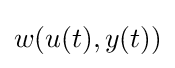
w(u(t),y(t))